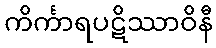
ကိင်္ကာရပဋိဿာဝိနီ